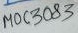
Text: MOC3083